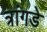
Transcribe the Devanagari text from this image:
त्रांगडे